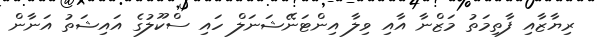
ރިޔާޒާއި ފާތިމަތު މަޒްނާ އާއި ވިލާ އިންޓަނޭޝަނަލް ހައި ސްކޫލުގެ އައިޝަތު އަނާން